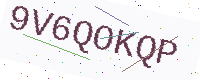
Text: 9V6QOKQP